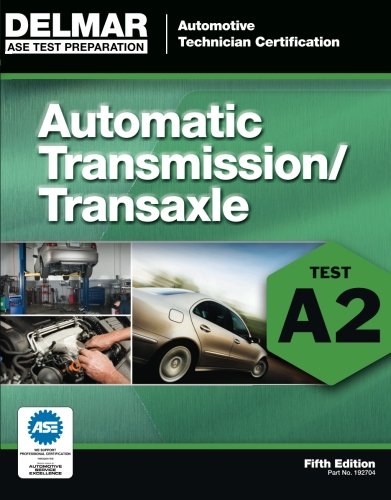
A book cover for ASE Test Preparation - A2 Automatic Transmissions and Transaxles (Ase Test Preparation Series); Delmar; Test Preparation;